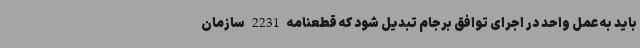
باید به عمل واحد در اجرای توافق برجام تبدیل شود که قطعنامه 2231 سازمان